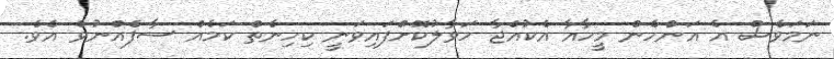
ނަމަވެސް އެ އަންހެން މީހާއާ އެކުއްޖާ ހަވާލުކޮށްފައިވަނީ ކިހިނެތް ކަމެއް ސާފެއްނުވެ އެވެ.